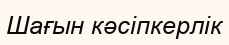
Шағын кәсіпкерлік